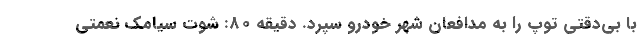
با بی‌دقتی توپ را به مدافعان شهر خودرو سپرد. دقیقه 80: شوت سیامک نعمتی